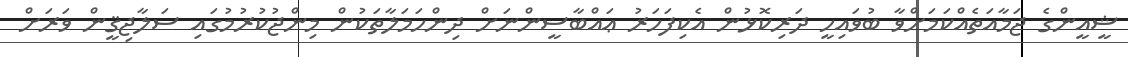
ޝީއީންގެ ޖަމާއަތެއްކަމަށްވާ ބުވައިހީ ދަރިކޮޅުން އެކިފަހަރު ޢައްބާސީންނަށް ދިންހަމަލާތަކުން މިންޖުކުރުމުގައި ސަލާޖިޤީން ވަރަށް